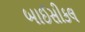
બાઈસીકલ